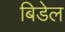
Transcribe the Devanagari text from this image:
बिडेल